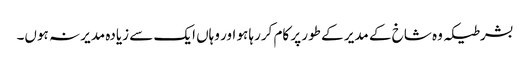
بشرطیکہ وہ شاخ کے مدیر کے طور پر کام کررہا ہو اور وہاں ایک سے زیادہ مدیر نہ ہوں۔